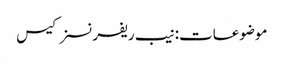
موضوعات:نیب ریفرنسز کیس